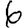
Digit: 6